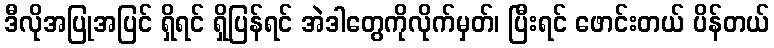
ဒီလိုအပြုအပြင် ရှိရင် ရှိပြန်ရင် အဲဒါတွေကိုလိုက်မှတ်၊ ပြီးရင် ဖောင်းတယ် ပိန်တယ်